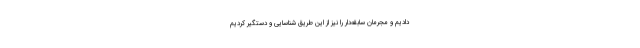
دادیم و مجرمان سابقه‌دار را نیز از این طریق شناسایی و دستگیر کردیم